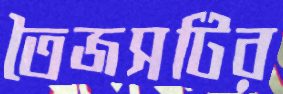
তৈজসটির